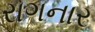
રાગનાર